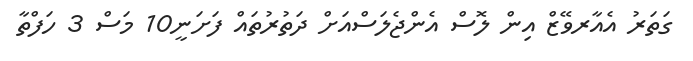
ގަތަރު އެއާރވޭޒް އިން ލޮސް އެންޖެލަސްއަށް ދަތުރުތައް ފަށަނީ10 މަސް 3 ހަފްތާ